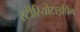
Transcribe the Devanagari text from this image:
स्टीरियोटाइपिंग